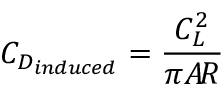
C _ { D _ { i n d u c e d } } = { \frac { C _ { L } ^ { 2 } } { \pi A \! R } }